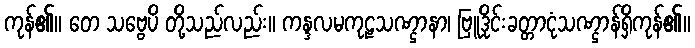
ကုန်၏။ တေ သဗ္ဗေပိ တို့သည်လည်း။ ကန္ဒလမကုဠသဏ္ဌာနာ၊ ဗြူဒိုင်းခတ္တာငုံသဏ္ဌာန်ရှိကုန်၏။